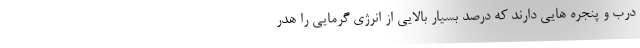
درب و پنجره هایی دارند که درصد بسیار بالایی از انرژی گرمایی را هدر